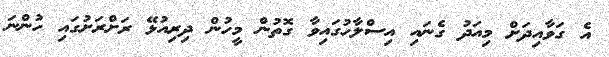
އެ ގަވާއިދަށް މިއަދު ގެނައި އިސްލާހުގައިވާ ގޮތުން މީހުން ދިރިއުޅޭ ރަށްރަށުގައި ހުންނަ